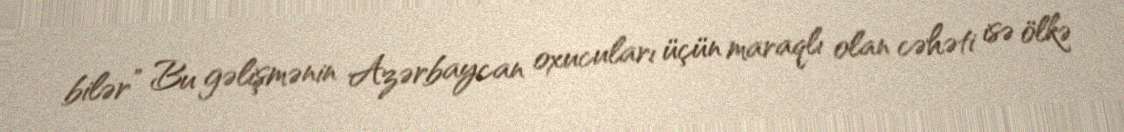
bilər” Bu gəlişmənin Azərbaycan oxucuları üçün maraqlı olan cəhəti isə ölkə